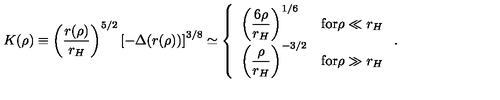
K ( \rho ) \equiv \left( \frac { r ( \rho ) } { r _ { H } } \right) ^ { 5 / 2 } \left[ - \Delta ( r ( \rho ) ) \right] ^ { 3 / 8 } \simeq \left\{ \begin{array} { l l } { \left( \displaystyle { \frac { 6 \rho } { r _ { H } } } \right) ^ { 1 / 6 } } & { \mathrm { f o r } \rho \ll r _ { H } } \\ { \left( \displaystyle { \frac { \rho } { r _ { H } } } \right) ^ { - 3 / 2 } } & { \mathrm { f o r } \rho \gg r _ { H } } \\ \end{array} \right. .